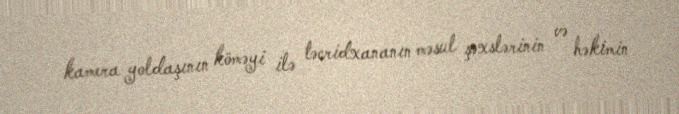
kamera yoldaşının köməyi ilə təcridxananın məsul şəxslərinin və həkimin